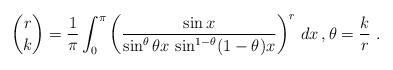
LaTeX: \begin{align*}\binom{r}k = \frac1\pi \int_0^\pi \left(\frac{ \sin x}{\sin^\theta\theta x \,\sin^{1-\theta}(1-\theta)x}\right)^r \,dx\, ,\theta = \frac kr\ . \end{align*}